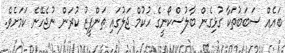
ބައެއް ސަބަބުތަކާ ގުޅިގެން ބާލުސްކޯނީގެ ހުކުމް ޖަލުގައި ތަންފީޒު ކުރަން ނުޖެހޭނެ ކަމަށެވެ.